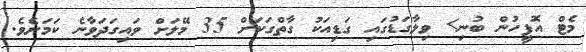
މެޓް އޮފީހުން ބުނި> ވިލާގަޑުގައި ގަޑިއަކު ގާތްގަަކަށް 35 މޭލަށް ވައިގަދަވާނެ ކަމަށެވެ.